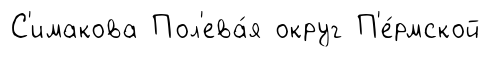
С'имакова Пол'ева́я округ П'е́рмской